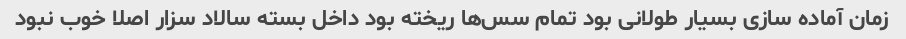
زمان آماده سازی بسیار طولانی بود تمام سس‌ها ریخته بود داخل بسته سالاد سزار اصلا خوب نبود